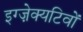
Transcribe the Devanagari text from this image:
इग्ज़ेक्यटिवों